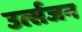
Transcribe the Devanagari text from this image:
उर्त्सजन